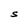
Character: S